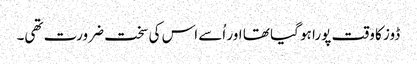
ڈوز کا وقت پورا ہو گیا تھا اور اُسے اس کی سخت ضرورت تھی۔